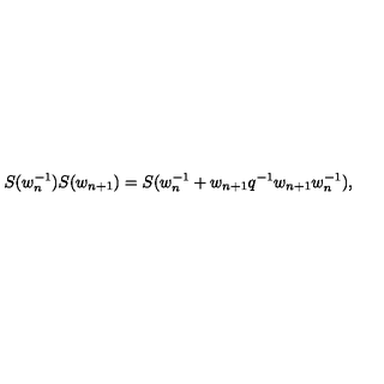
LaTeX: S ( w _ { n } ^ { - 1 } ) S ( w _ { n + 1 } ) = S ( w _ { n } ^ { - 1 } + w _ { n + 1 } q ^ { - 1 } w _ { n + 1 } w _ { n } ^ { - 1 } ) ,